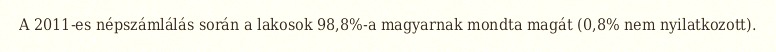
A 2011-es népszámlálás során a lakosok 98,8%-a magyarnak mondta magát (0,8% nem nyilatkozott).